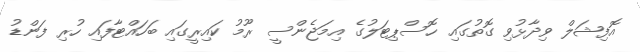
އޮފިޝަލް ވިދާޅުވި ގޮތުގައި ހޮސްޕިޓަލުގެ އިމަޖެންސީ ރޫމު ކައިރީގައި ބަހައްޓާފައި ހުރި ފަންޑު